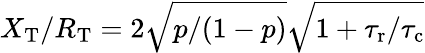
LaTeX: X_{\mathrm{T}}/R_{\mathrm{T}}=2\sqrt{p/(1-p)}\sqrt{1+{\tau_{\mathrm{r}}}/{\tau_{\mathrm{c}}}}